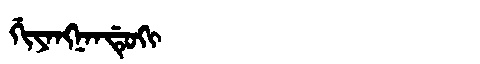
Manchu: ᡤᡳᠶᠠᠩᠨᠠᠨᡩᡠᡴᡳ
Romanization: GIYANGNANDUKI